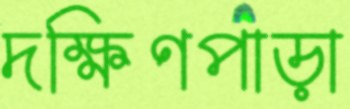
দক্ষিণপাড়া